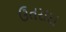
ઉતરાદા